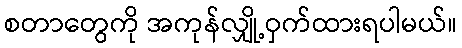
စတာတွေကို အကုန်လျှို့ဝှက်ထားရပါမယ်။